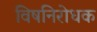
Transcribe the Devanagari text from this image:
विषनिरोधक